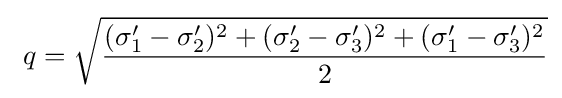
\ q={\sqrt {\frac {(\sigma _{1}'-\sigma _{2}')^{2}+(\sigma _{2}'-\sigma _{3}')^{2}+(\sigma _{1}'-\sigma _{3}')^{2}}{2}}}